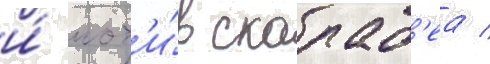
и́ мот'и́в скараб'еа /